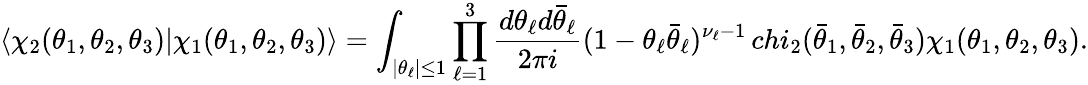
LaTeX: \langle\chi_{2}(\theta_{1},\theta_{2},\theta_{3})|\chi_{1}(\theta_{1},\theta_{2},\theta_{3})\rangle=\int_{|\theta_{\ell}|\leq 1}\prod_{\ell=1}^{3}\frac{d\theta_{\ell}d\bar{\theta}_{\ell}}{2\pi i}(1-\theta_{\ell}\bar{\theta}_{\ell})^{\nu_{\ell}-1}\, chi_{2}(\bar{\theta}_{1},\bar{\theta}_{2},\bar{\theta}_{3})\chi_{1}(\theta_{1},\theta_{2},\theta_{3}).